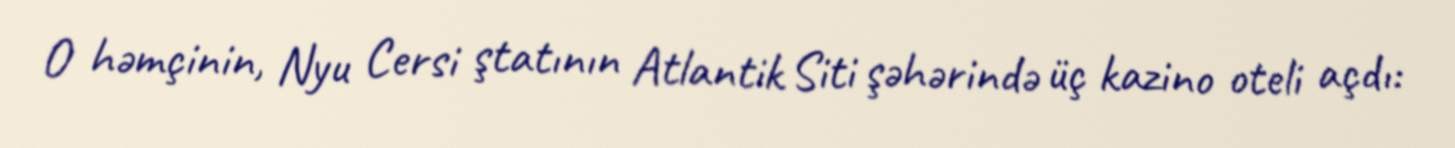
O həmçinin, Nyu Cersi ştatının Atlantik Siti şəhərində üç kazino oteli açdı: